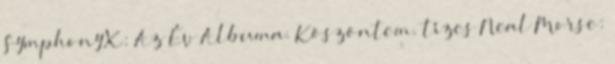
Symphony X: Az Év Albuma. Köszöntem. tízes Neal Morse: